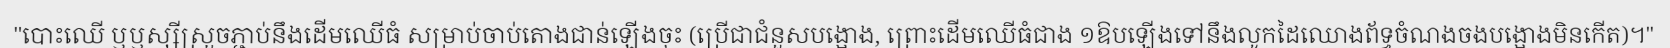
"បោះឈើ ឬឫស្សីស្រួចភ្ជាប់នឹងដើមឈើធំ សម្រាប់ចាប់តោងជាន់ឡើងចុះ (ប្រើជាជំនួសបង្អោង, ព្រោះដើមឈើធំជាង ១ឱបឡើងទៅនឹងលូកដៃឈោងព័ទ្ធចំណងចងបង្អោងមិនកើត)។"